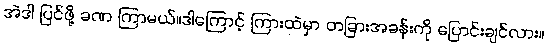
အဲဒါ ပြင်ဖို့ ခဏ ကြာမယ်။ဒါကြောင့် ကြားထဲမှာ တခြားအခန်းကို ပြောင်းချင်လား။